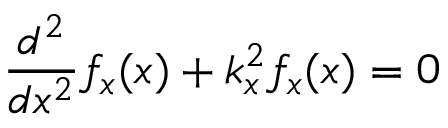
{ \frac { d ^ { 2 } } { d x ^ { 2 } } } f _ { x } ( x ) + k _ { x } ^ { 2 } f _ { x } ( x ) = 0